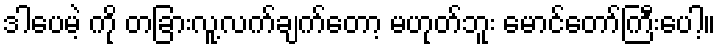
ဒါပေမဲ့ ကို တခြားလူ့လက်ချက်တော့ မဟုတ်ဘူး မောင်တော်ကြီးပေါ့။